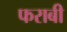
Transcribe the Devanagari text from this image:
फराबी